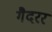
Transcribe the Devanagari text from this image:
गैदरर